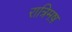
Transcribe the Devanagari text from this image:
रात्रिमष़